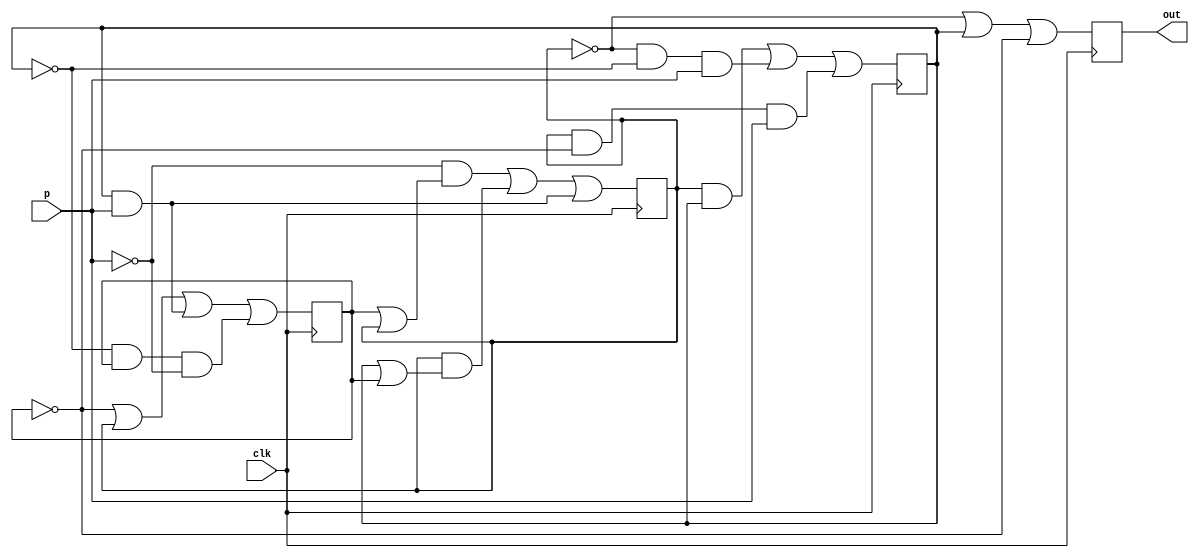
module fsm(p, clk, out);
    input p, clk;
    output out;
    reg out;
    
    reg a, b, c;
    
    initial begin
        a=0;
        b=0;
        c=0;
    end
    

    always @(posedge clk) begin
        a <=  (~p & (c | a)) | (a & (b | c)) | (b & p);
        b <=  (a & b) | (~a & ~b & p) | (a & ~c & p);
        c <= ~c | a | (b & p) | (~b & c & ~p);
        #1
        out = ~a | b | ~c;
    end
endmodule